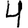
Digit: 4